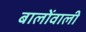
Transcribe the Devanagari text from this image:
बालोंवाली